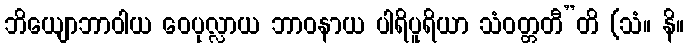
ဘိယျောဘာဝါယ ဝေပုလ္လာယ ဘာဝနာယ ပါရိပူရိယာ သံဝတ္တတီ”တိ (သံ။ နိ။